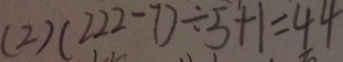
( 2 ) ( 2 2 2 - 7 ) \div 5 + 1 = 4 4